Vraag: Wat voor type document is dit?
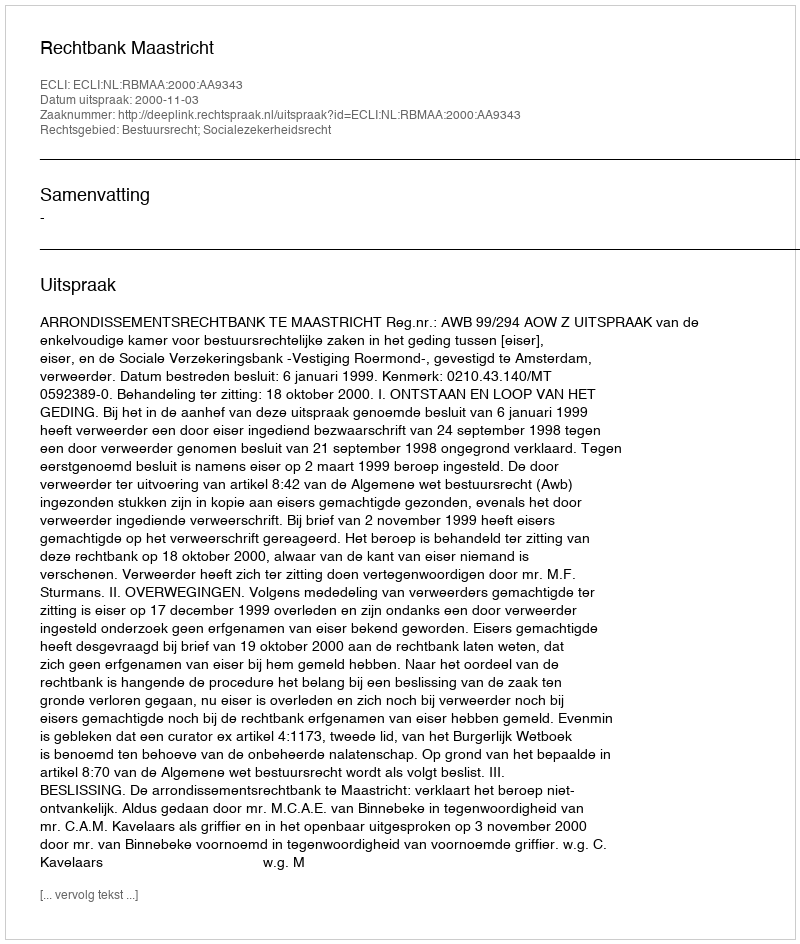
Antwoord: Uitspraak